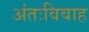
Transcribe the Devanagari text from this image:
अंतःविवाह